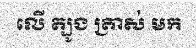
លើ ត្បូង ត្រាស់ មក